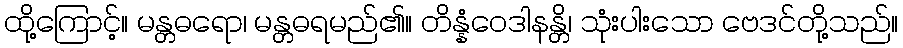
ထို့ကြောင့်။ မန္တဓရော၊ မန္တဓရမည်၏။ တိန္နံဝေဒါနန္တိ၊ သုံးပါးသော ဗေဒင်တို့သည်။